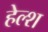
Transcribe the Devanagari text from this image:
हेल्श